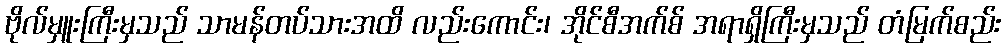
ဗိုလ်မှူးကြီးမှသည် သာမန်တပ်သားအထိ လည်းကောင်း၊ အိုင်စီအက်စ် အရာရှိကြီးမှသည် တံမြက်စည်း